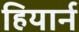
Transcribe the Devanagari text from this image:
हियार्न